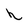
Character: h